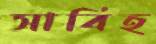
সাবিহ